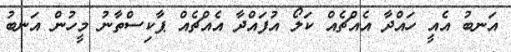
އަނބު އެއީ ހައްދާ އެއްޗެއް ކަލޯ އުފައްދާ އެއްޗެއް ޕާކިސްތާނު މީހުން އަނބު